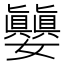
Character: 𪦵